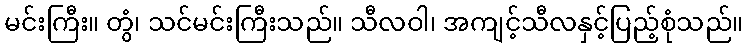
မင်းကြီး။ တွံ၊ သင်မင်းကြီးသည်။ သီလဝါ၊ အကျင့်သီလနှင့်ပြည့်စုံသည်။